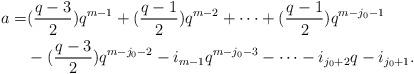
LaTeX: \begin{align*}a=&(\frac{q-3}{2})q^{m-1}+(\frac{q-1}{2})q^{m-2}+\cdots+(\frac{q-1}{2})q^{m-j_0-1}\\&-(\frac{q-3}{2})q^{m-j_0-2}-i_{m-1}q^{m-j_0-3}-\cdots-i_{j_0+2}q-i_{j_0+1}.\end{align*}